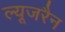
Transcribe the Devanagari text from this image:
ल्यूजरैन